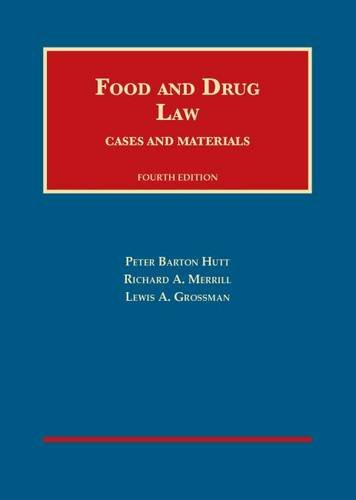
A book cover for Food and Drug Law (University Casebook Series); Peter Hutt; Law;